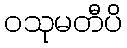
ဝသုမတီပိ